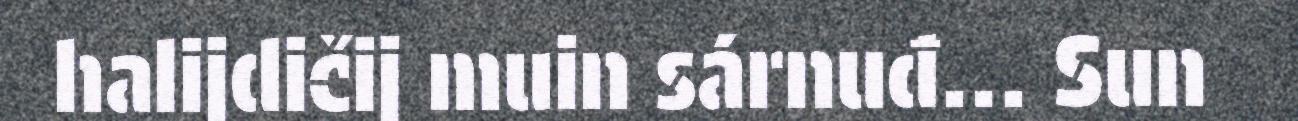
halijdičij muin sárnuđ... Sun